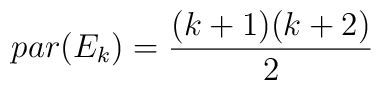
par (E_k) = {(k+1)(k+2) \over 2}